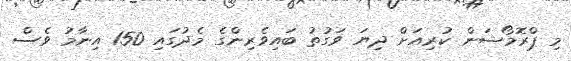
މި ޕްރޮމޯޝަން ކުރިއަށް ދިޔަ ވަގުތު ބައިވެރިންގެ މެދުގައި 150 އިނާމު ވެސް